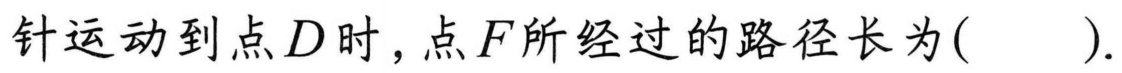
针运动到点\(D\)时,点\(F\)所经过的路径长为( ).